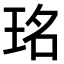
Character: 𤥁